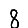
Digit: 8